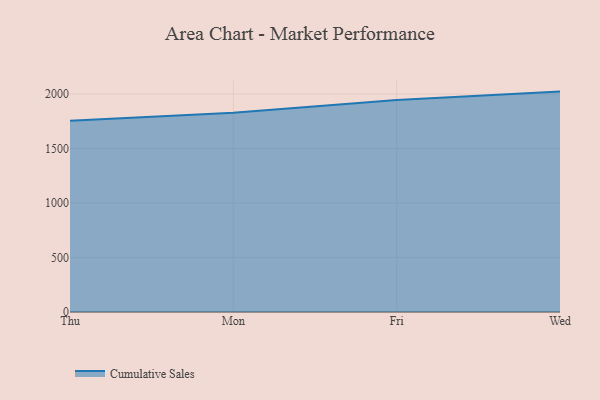
{"axis": {"x": "Day", "y": "Budget (USD K)"}, "legend": ["Cumulative Sales"], "data": [{"x": "Thu", "y": 1756.1, "type": "Cumulative Sales"}, {"x": "Mon", "y": 1828.7, "type": "Cumulative Sales"}, {"x": "Fri", "y": 1946.5, "type": "Cumulative Sales"}, {"x": "Wed", "y": 2022.9, "type": "Cumulative Sales"}]}